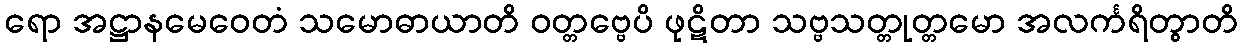
ရော အဋ္ဌာနမေဝေတံ သမောဓာယာတိ ဝတ္တဗ္ဗေပိ ဖုဋိတာ သဗ္ဗသတ္တုတ္တမော အလင်္ကရိတွာတိ